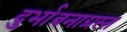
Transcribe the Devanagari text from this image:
दुर्भावनाग्रस्त